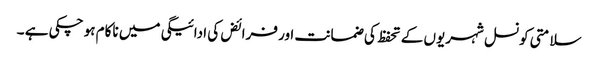
سلامتی کونسل شہریوں کے تحفظ کی ضمانت اور فرائض کی ادائیگی میں ناکام ہو چکی ہے ۔